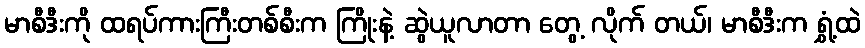
မာစီဒီးကို ထရပ်ကားကြီးတစ်စီးက ကြိုးနဲ့ ဆွဲယူလာတာ တွေ့ လိုက် တယ်၊ မာစီဒီးက ရွှံ့ထဲ